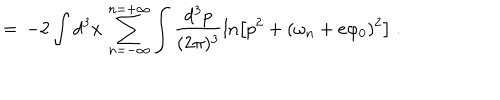
= \, - 2 \int d ^ { 3 } x \, \sum _ { n = - \infty } ^ { n = + \infty } \int \frac { d ^ { 3 } p } { ( 2 \pi ) ^ { 3 } } \ln \left[ p ^ { 2 } + ( \omega _ { n } + e \varphi _ { 0 } ) ^ { 2 } \right] \; .